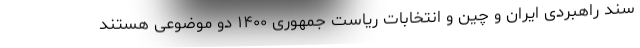
سند راهبردی ایران و چین و انتخابات ریاست جمهوری ۱۴۰۰ دو موضوعی هستند